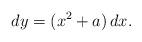
LaTeX: \begin{align*}dy = (x^2 + a)\,dx.\end{align*}